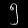
Digit: ၅